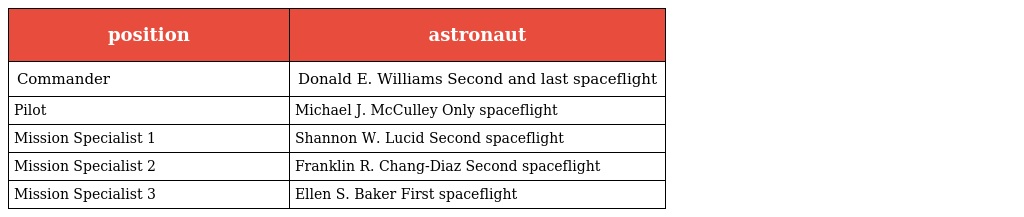
| position | astronaut |
 | --- | --- |
 | Commander | Donald E. Williams Second and last spaceflight |
 | Pilot | Michael J. McCulley Only spaceflight |
 | Mission Specialist 1 | Shannon W. Lucid Second spaceflight |
 | Mission Specialist 2 | Franklin R. Chang-Diaz Second spaceflight |
 | Mission Specialist 3 | Ellen S. Baker First spaceflight |